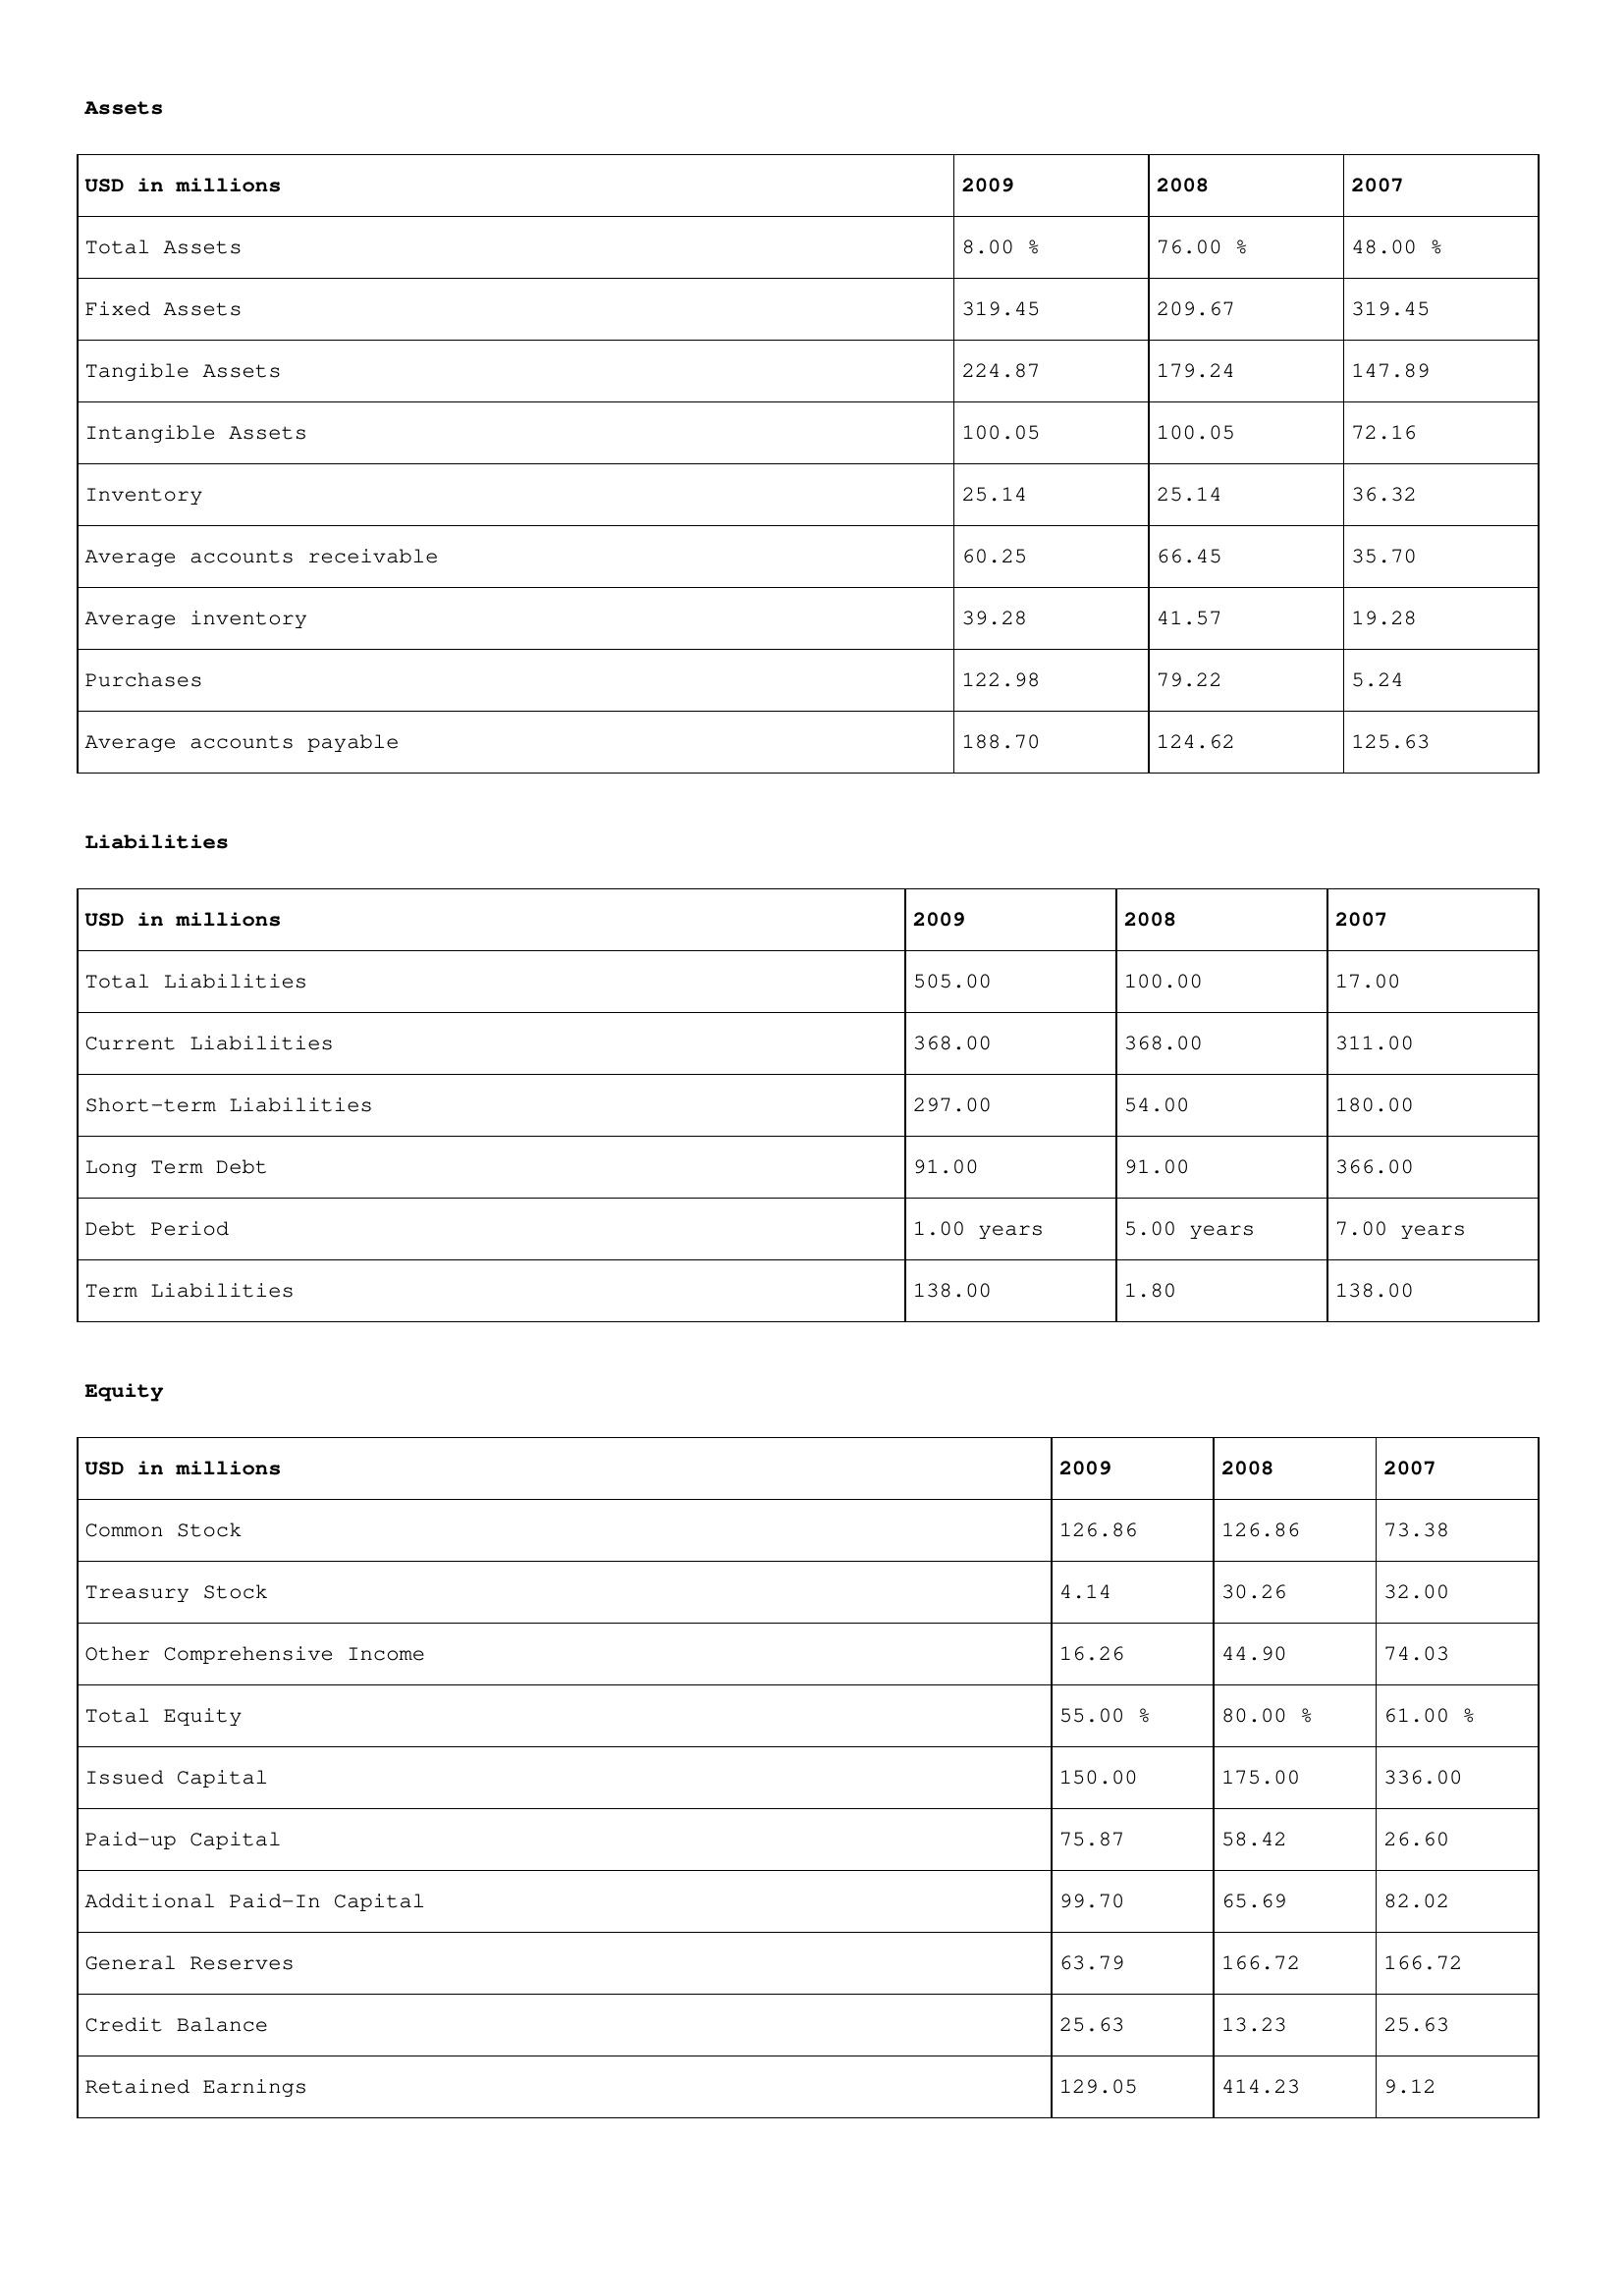
gt_parse: 2009: Assets: Total Assets: 8.00 %
Fixed Assets: 319.45
Tangible Assets: 224.87
Intangible Assets: 100.05
Inventory: 25.14
Average accounts receivable: 60.25
Average inventory: 39.28
Purchases: 122.98
Average accounts payable: 188.70
Liabilities: Total Liabilities: 505.00
Current Liabilities: 368.00
Short-term Liabilities: 297.00
Long Term Debt: 91.00
Debt Period: 1.00 years
Term Liabilities: 138.00
Equity: Common Stock: 126.86
Treasury Stock: 4.14
Other Comprehensive Income: 16.26
Total Equity: 55.00 %
Issued Capital: 150.00
Paid-up Capital: 75.87
Additional Paid-In Capital: 99.70
General Reserves: 63.79
Credit Balance: 25.63
Retained Earnings: 129.05
2008: Assets: Total Assets: 76.00 %
Fixed Assets: 209.67
Tangible Assets: 179.24
Intangible Assets: 100.05
Inventory: 25.14
Average accounts receivable: 66.45
Average inventory: 41.57
Purchases: 79.22
Average accounts payable: 124.62
Liabilities: Total Liabilities: 100.00
Current Liabilities: 368.00
Short-term Liabilities: 54.00
Long Term Debt: 91.00
Debt Period: 5.00 years
Term Liabilities: 1.80
Equity: Common Stock: 126.86
Treasury Stock: 30.26
Other Comprehensive Income: 44.90
Total Equity: 80.00 %
Issued Capital: 175.00
Paid-up Capital: 58.42
Additional Paid-In Capital: 65.69
General Reserves: 166.72
Credit Balance: 13.23
Retained Earnings: 414.23
2007: Assets: Total Assets: 48.00 %
Fixed Assets: 319.45
Tangible Assets: 147.89
Intangible Assets: 72.16
Inventory: 36.32
Average accounts receivable: 35.70
Average inventory: 19.28
Purchases: 5.24
Average accounts payable: 125.63
Liabilities: Total Liabilities: 17.00
Current Liabilities: 311.00
Short-term Liabilities: 180.00
Long Term Debt: 366.00
Debt Period: 7.00 years
Term Liabilities: 138.00
Equity: Common Stock: 73.38
Treasury Stock: 32.00
Other Comprehensive Income: 74.03
Total Equity: 61.00 %
Issued Capital: 336.00
Paid-up Capital: 26.60
Additional Paid-In Capital: 82.02
General Reserves: 166.72
Credit Balance: 25.63
Retained Earnings: 9.12